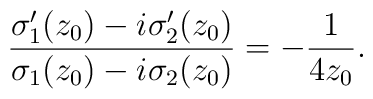
\frac{{\sigma}^{\prime}_1(z_0) - i {\sigma}_2^{\prime}(z_0)}{{\sigma}_1(z_0) -i {\sigma}_2(z_0)} =- \frac{1}{4z_0}.